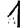
Digit: 1